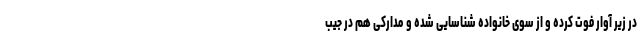
در زیر آوار فوت کرده و از سوی خانواده شناسایی شده و مدارکی هم در جیب